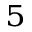
^ 5